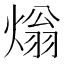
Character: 𤌏